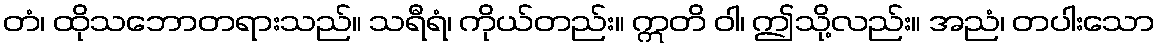
တံ၊ ထိုသဘောတရားသည်။ သရီရံ၊ ကိုယ်တည်း။ ဣတိ ဝါ၊ ဤသို့လည်း။ အညံ၊ တပါးသော